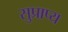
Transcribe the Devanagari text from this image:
सुप्राप्य